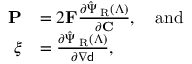
\begin{array} { r l } { \mathbf { P } } & { = 2 \mathbf { F } \frac { \partial \hat { \Psi } _ { \mathrm { \tiny ~ R } } ( \boldsymbol { \Lambda } ) } { \partial \mathbf { C } } , \quad \mathrm { a n d } } \\ { \boldsymbol { \xi } } & { = \frac { \partial \hat { \Psi } _ { \mathrm { \tiny ~ R } } ( \boldsymbol { \Lambda } ) } { \partial \nabla { \mathsf { d } } } , } \end{array}